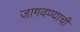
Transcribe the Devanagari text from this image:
जागवण्याची